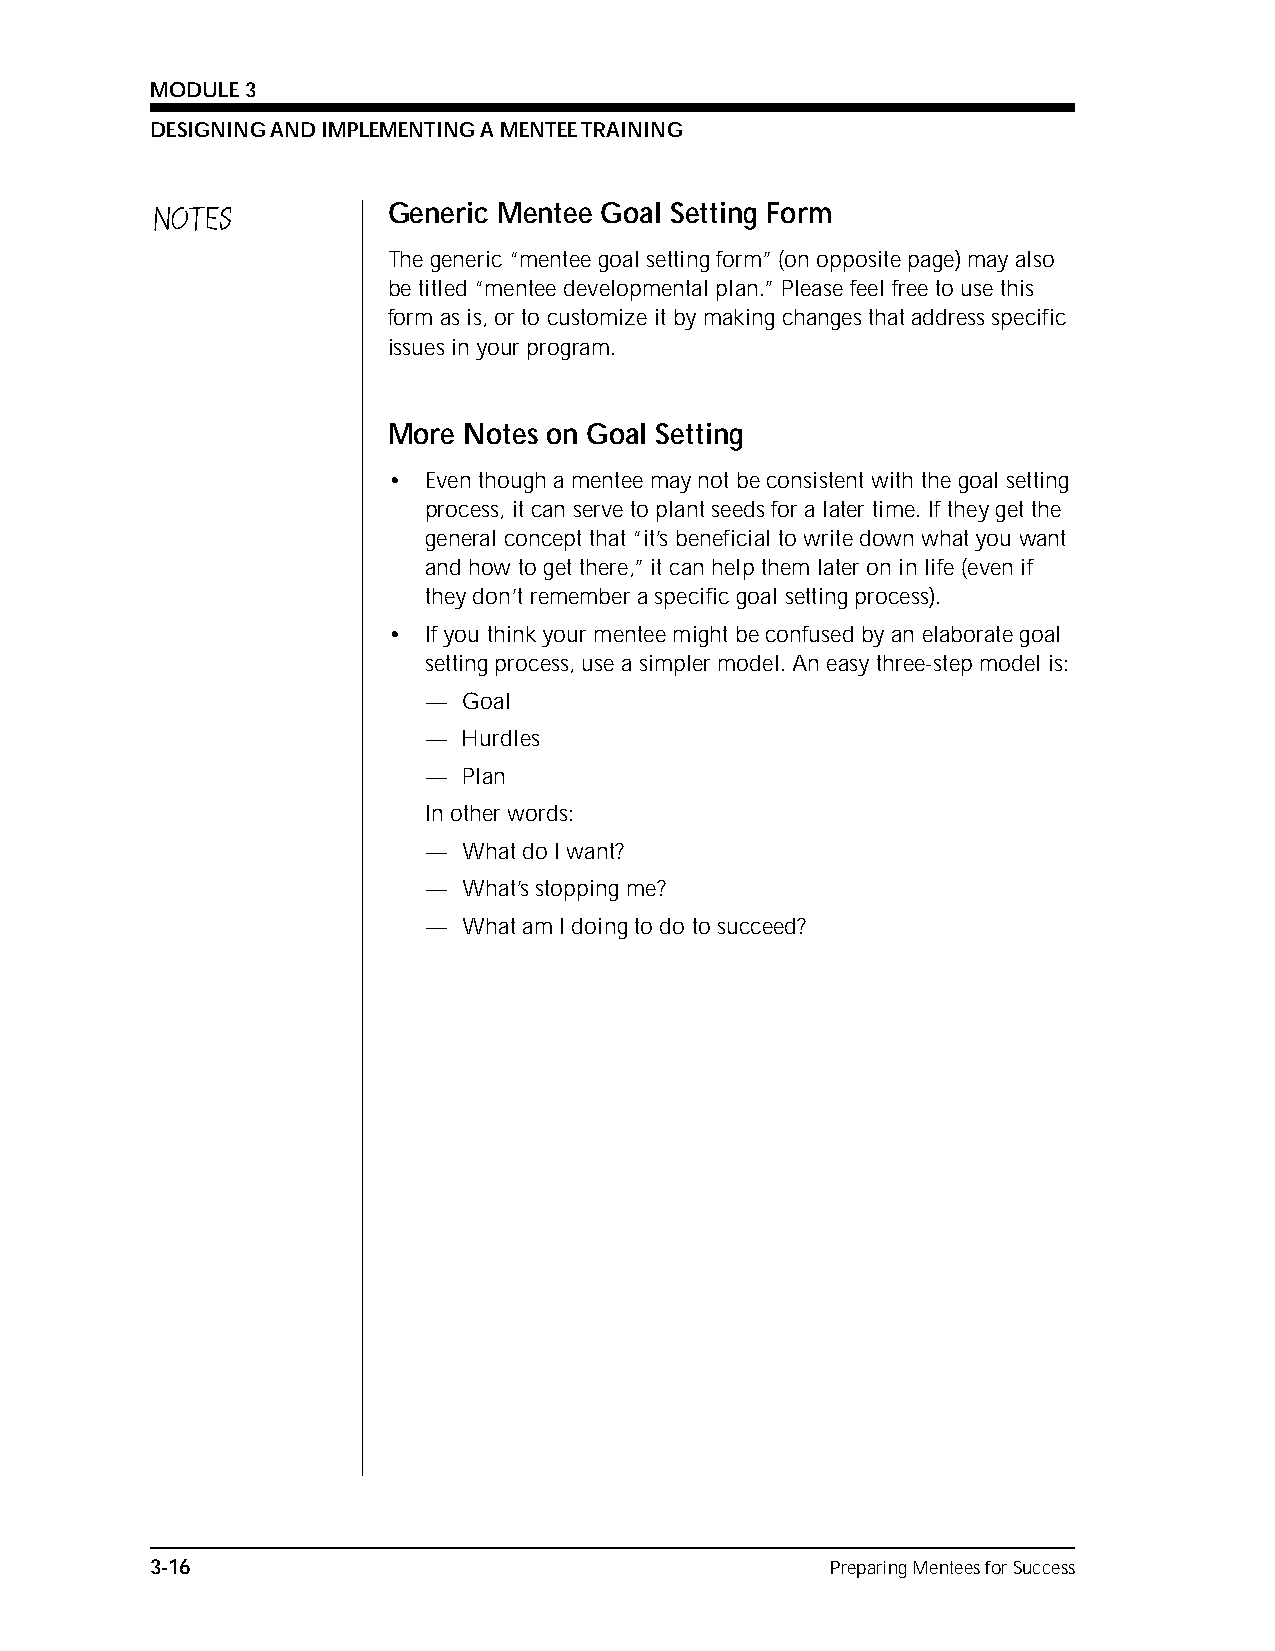
MODULE 3
 DESIGNING AND IMPLEMENTING A MENTEE TRAINING
 NOTES           Generic Mentee Goal Setting Form
 The generic “mentee goal setting form” (on opposite page) may also
 be titled “mentee developmental plan.” Please feel free to use this
 form as is, or to customize it by making changes that address specific
 issues in your program.
 More Notes on Goal Setting
 • Even though a mentee may not be consistent with the goal setting
 process, it can serve to plant seeds for a later time. If they get the
 general concept that “it’s beneficial to write down what you want
 and how to get there,” it can help them later on in life (even if
 they don’t remember a specific goal setting process).
 • If you think your mentee might be confused by an elaborate goal
 setting process, use a simpler model. An easy three-step model is:
 —  Goal
 —  Hurdles
 —  Plan
 In other words:
 —  What do I want?
 —  What’s stopping me?
 —  What am I doing to do to succeed?
 3-16                                         Preparing Mentees for Success